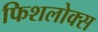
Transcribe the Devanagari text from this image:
फिशलोक्स